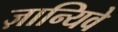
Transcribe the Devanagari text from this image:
ज़ान्यिवे